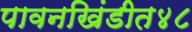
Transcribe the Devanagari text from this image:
पावनखिंडीत४८